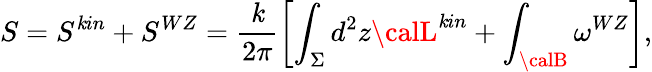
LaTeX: S=S^{\mathit{k}in}+S^{WZ}=\frac{{\mathit{k}}}{{2\pi}}\left[\int_{\Sigma}d^{2}z{\calL}^{\mathit{k}in}+\int_{\calB}\omega^{WZ}\right],